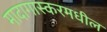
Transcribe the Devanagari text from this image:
मादागास्करमधील